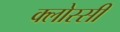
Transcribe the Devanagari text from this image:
क्लोस्सी